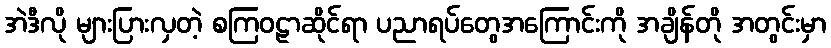
အဲဒီလို များပြားလှတဲ့ စကြဝဠာဆိုင်ရာ ပညာရပ်တွေအကြောင်းကို အချိန်တို အတွင်းမှာ